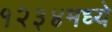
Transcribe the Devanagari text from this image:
१२३४मध्ये